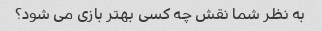
به نظر شما نقش چه کسی بهتر بازی می شود؟